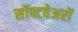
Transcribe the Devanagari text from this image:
सॉफ्टवेअरों